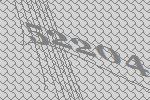
52204